Malaria in the Punjab - Number 46
Disease focus: Malaria
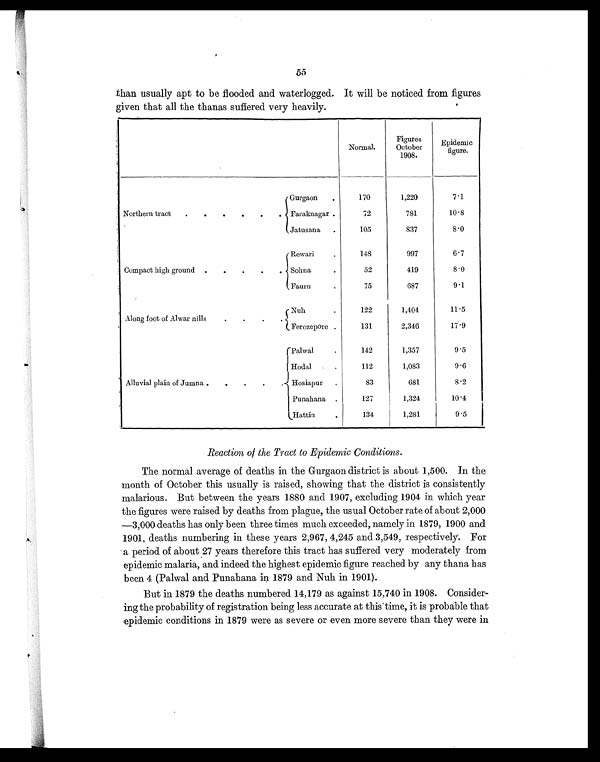
55
than usually apt to be flooded and waterlogged. It will be noticed from figures
given that all the thanas suffered very heavily.
Normal.
Figures
October
1908.
Epidemic
figure.
Northern tract .
.
.
.
.
.
Gurgaon .
170
1,220
7.1
Faraknagar .
72
781
10.8
Jatusana .
105
837
8.0
Compact high ground .
.
.
.
.
Rewari .
148
997
6.7
Sohna .
52
419
8.0
Faurn .
75
687
9.1
Along foot of Alwar nills
.
.
.
.
Nuh .
122
1,404
11.5
Ferozepore .
131
2,346
17.9
Alluvial plain of Jumna .
.
.
.
.
Palwal .
142
1,357
9.5
Hodal .
112
1,083
9.6
Hosiapur .
83
681
8.2
Punahana .
127
1,324
10.4
Hattin .
134
1,281
9.5
Reaction of the Tract to Epidemic Conditions.
The normal average of deaths in the Gurgaon district is about 1,500. In the
month of October this usually is raised, showing that the district is consistently
malarious. But between the years 1880 and 1907, excluding 1904 in which year
the figures were raised by deaths from plague, the usual October rate of about 2,000
—3,000 deaths has only been three times much exceeded, namely in 1879, 1900 and
1901, deaths numbering in these years 2,967, 4,245 and 3,549, respectively. For
a period of about 27 years therefore this tract has suffered very moderately from
epidemic malaria, and indeed the highest epidemic figure reached by any thana has
been 4 (Palwal and Punahana in 1879 and Nuh in 1901).
But in 1879 the deaths numbered 14,179 as against 15,740 in 1908. Consider-
ing the probability of registration being less accurate at this time, it is probable that
epidemic conditions in 1879 were as severe or even more severe than they were in